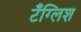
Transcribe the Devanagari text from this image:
टँग्लिश